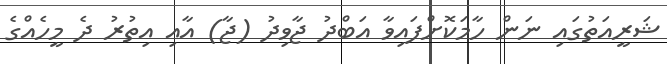
ޝަރީއަތުގައި ނަން ހާމަކޮށްފައިވާ އަބްދު ޖާވިދު (ޖާ) އާއި އިތުރު ދެ މީހެއްގެ